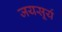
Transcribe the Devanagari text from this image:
जयसूर्य